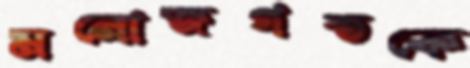
মনোজগতকে